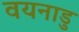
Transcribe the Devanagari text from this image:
वयनाडु